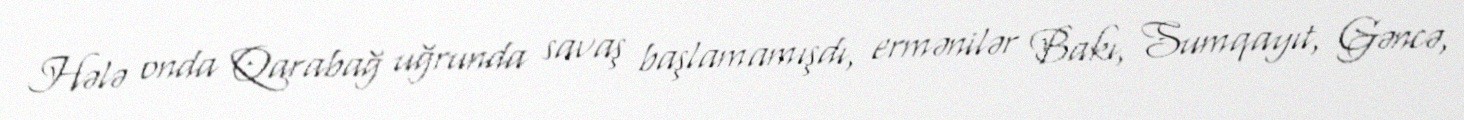
Hələ onda Qarabağ uğrunda savaş başlamamışdı, ermənilər Bakı, Sumqayıt, Gəncə,